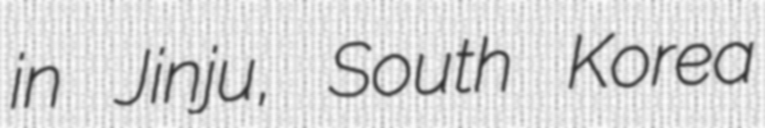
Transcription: in Jinju, South Korea